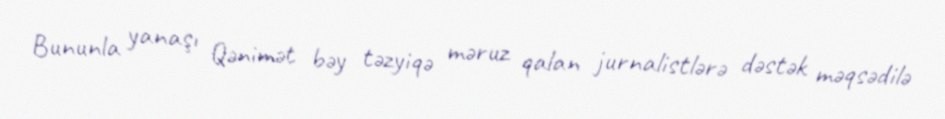
Bununla yanaşı Qənimət bəy təzyiqə məruz qalan jurnalistlərə dəstək məqsədilə